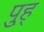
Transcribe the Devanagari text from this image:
पु्ह्